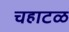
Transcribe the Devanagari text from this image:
चहाटळ